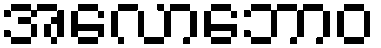
အလောဘောဝ